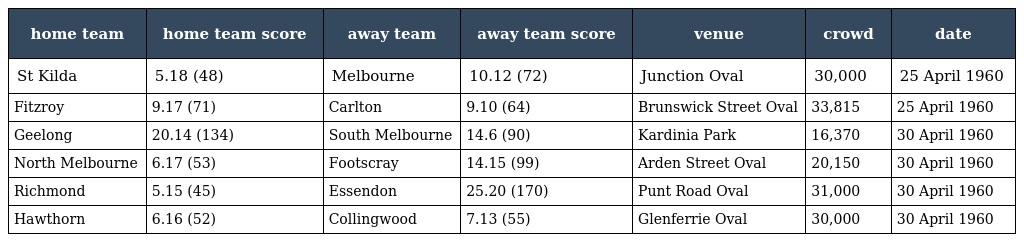
| home team | home team score | away team | away team score | venue | crowd | date |
 | --- | --- | --- | --- | --- | --- | --- |
 | St Kilda | 5.18 (48) | Melbourne | 10.12 (72) | Junction Oval | 30,000 | 25 April 1960 |
 | Fitzroy | 9.17 (71) | Carlton | 9.10 (64) | Brunswick Street Oval | 33,815 | 25 April 1960 |
 | Geelong | 20.14 (134) | South Melbourne | 14.6 (90) | Kardinia Park | 16,370 | 30 April 1960 |
 | North Melbourne | 6.17 (53) | Footscray | 14.15 (99) | Arden Street Oval | 20,150 | 30 April 1960 |
 | Richmond | 5.15 (45) | Essendon | 25.20 (170) | Punt Road Oval | 31,000 | 30 April 1960 |
 | Hawthorn | 6.16 (52) | Collingwood | 7.13 (55) | Glenferrie Oval | 30,000 | 30 April 1960 |